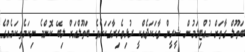
ބަތޫލް ގާތަށް ހުއްޓިލަމުން ޝީރީން ވާހަކަދެއްކީ ރުޅިވެރިރާގަކަށެވެ. ބަތޫލްއަށް ލިބޭ ކޮންމެ ނިކަމެތިކަމެއްގެ